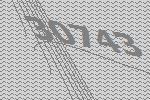
30743